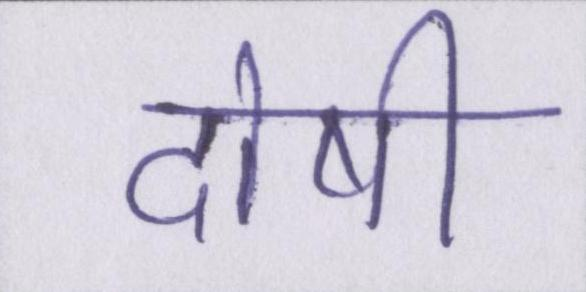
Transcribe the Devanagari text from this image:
दोषी